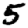
Digit: 5